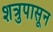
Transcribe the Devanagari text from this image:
शत्रुपासून